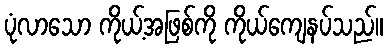
ပုံလာသော ကိုယ့်အဖြစ်ကို ကိုယ်ကျေနပ်သည်။